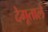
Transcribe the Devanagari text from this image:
देगूताले